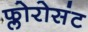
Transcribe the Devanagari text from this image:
फ्लोरोसंट